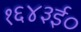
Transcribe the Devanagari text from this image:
१६४३ई०